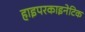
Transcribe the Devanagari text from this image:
हाइपरकाइनेटिक